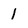
Character: 1